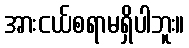
အားငယ်စရာမရှိပါဘူး။